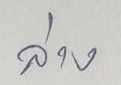
ล่าง